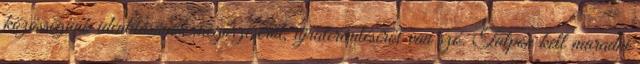
közösségünk identitásának megőrzéséről, újrateremtéséről van szó. Talpon kell maradni